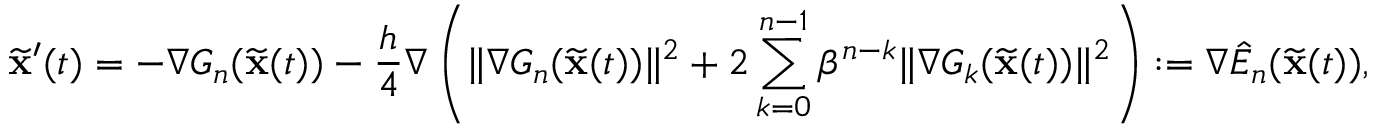
\widetilde \mathbf { x } ^ { \prime } ( t ) = - \nabla G _ { n } ( \widetilde \mathbf { x } ( t ) ) - \frac { h } { 4 } \nabla \left( \| \nabla G _ { n } ( \widetilde \mathbf { x } ( t ) ) \| ^ { 2 } + 2 \sum _ { k = 0 } ^ { n - 1 } \beta ^ { n - k } \| \nabla G _ { k } ( \widetilde \mathbf { x } ( t ) ) \| ^ { 2 } \right) : = \nabla \hat { E } _ { n } ( \widetilde \mathbf { x } ( t ) ) ,